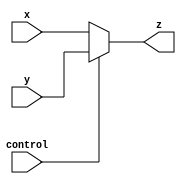
`timescale 1ns / 1ps
//////////////////////////////////////////////////////////////////////////////////
// Company: 
// Engineer: 
// 
// Design Name: 
// Module Name: mux
// Project Name: 
// Target Devices: 
// Tool Versions: 
// Description: 
// 
// Dependencies: 
// 
// Revision:
// Revision 0.01 - File Created
// Additional Comments:
// 
//////////////////////////////////////////////////////////////////////////////////


module mux_5bit(x,y,control,z);
    input [4:0] x,y;//5bit input
    output reg [4:0] z;
    input control;//control=1,choose y
    always @* begin
        if(control)//control = 1
            z = y;
        else
            z = x;
    end
endmodule

module mux_32bit(x,y,control,z);
    input [31:0] x,y;//32bit input
    output reg [31:0] z;
    input control;//control=1,choose y
    always @* begin
        if(control)//control = 1
            z = y;
        else
            z = x;
    end
endmodule